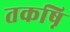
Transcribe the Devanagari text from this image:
तकष़ि